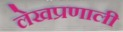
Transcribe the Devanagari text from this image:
लेखप्रणाली